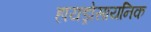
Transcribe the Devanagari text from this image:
हायड्रोसायनिक